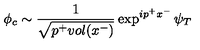
\phi _ { c } \sim \frac 1 { \sqrt { p ^ { + } v o l ( x ^ { - } ) } } \exp ^ { i p ^ { + } x ^ { - } } \psi _ { T }